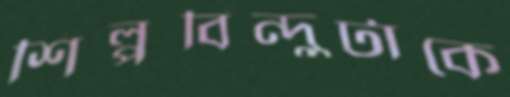
শিল্পবিন্দুটাকে